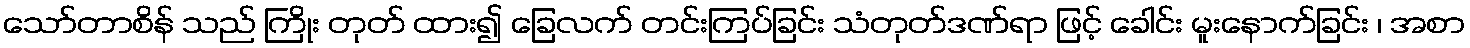
သော်တာစိန် သည် ကြိုး တုတ် ထား၍ ခြေလက် တင်းကြပ်ခြင်း သံတုတ်ဒဏ်ရာ ဖြင့် ခေါင်း မူးနောက်ခြင်း ၊ အစာ